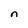
Character: n